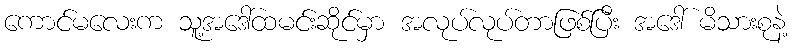
ကောင်မလေးက သူ့အဒေါ်ထမင်းဆိုင်မှာ အလုပ်လုပ်တာဖြစ်ပြီး အဒေါ် မိသားစုနဲ့